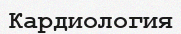
Кардиология